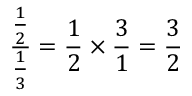
{ \frac { \frac { 1 } { 2 } } { \frac { 1 } { 3 } } } = { \frac { 1 } { 2 } } \times { \frac { 3 } { 1 } } = { \frac { 3 } { 2 } }